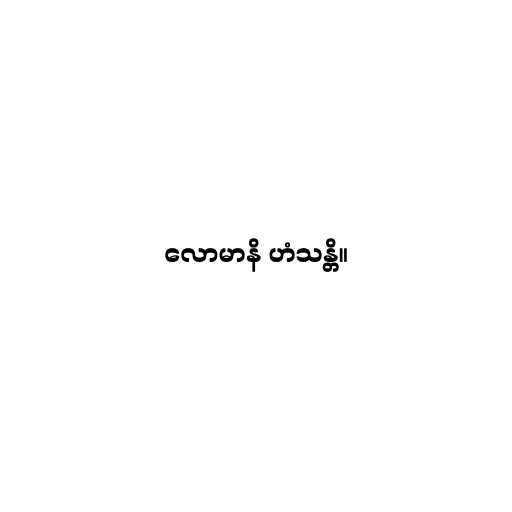
လောမာနိ ဟံသန္တိ။